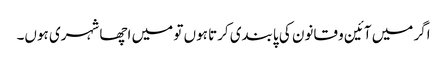
اگر میں آئین و قانون کی پابندی کرتا ہوں تو میں اچھا شہری ہوں۔